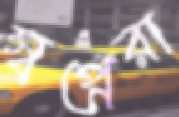
স্বপ্নেরা